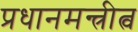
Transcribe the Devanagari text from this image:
प्रधानमन्त्रीत्व